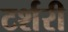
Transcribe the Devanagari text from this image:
टर्शरी